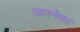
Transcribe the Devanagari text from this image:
छापनेका